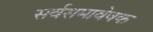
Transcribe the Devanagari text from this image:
सर्वसमावेषक